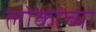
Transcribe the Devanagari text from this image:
लोकांच्‍या